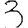
Digit: 3